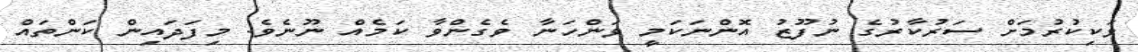
ވަކިކުރުމަށް ސަރުކާރުގެ ނުފޫޒު އޮންނަކަމީ ވަންހަނާ ވެގެންވާ ކަމެއް ނޫނެވެ. މިފަދައިން ކަންތައް